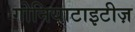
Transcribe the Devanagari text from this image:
गोनियाटाइटीज़